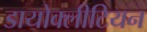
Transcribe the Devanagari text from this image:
डायोक्लीटियन